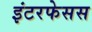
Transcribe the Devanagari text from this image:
इंटरफेसस